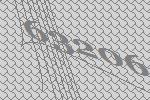
63206